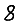
Digit: 8